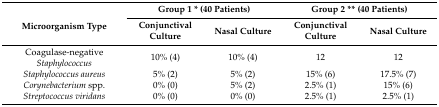
<table><thead><tr><td rowspan="2"><b>Microorganism Type</b></td><td colspan="2"><b>Group 1 * (40 Patients)</b></td><td colspan="2"><b>Group 2 ** (40 Patients)</b></td></tr><tr><td><b>Conjunctival Culture</b></td><td><b>Nasal Culture</b></td><td><b>Conjunctival Culture</b></td><td><b>Nasal Culture</b></td></tr></thead><tbody><tr><td>Coagulase-negative <i>Staphylococcus</i></td><td>10% (4)</td><td>10% (4)</td><td>12</td><td>12</td></tr><tr><td><i>Staphylococcus aureus</i></td><td>5% (2)</td><td>5% (2)</td><td>15% (6)</td><td>17.5% (7)</td></tr><tr><td><i>Corynebacterium</i> spp.</td><td>0% (0)</td><td>5% (2)</td><td>2.5% (1)</td><td>15% (6)</td></tr><tr><td><i>Streptococcus viridans</i></td><td>0% (0)</td><td>0% (0)</td><td>2.5% (1)</td><td>2.5% (1)</td></tr></tbody></table>